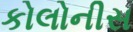
કોલોનીસ